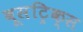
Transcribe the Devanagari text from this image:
बूसट्रिक्स